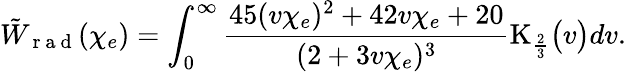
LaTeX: \tilde{W}_{\mathrm{~r~a~d~}}(\chi_{e})=\int_{0}^{\infty}\frac{45(v\chi_{e})^{2}+42v\chi_{e}+20}{(2+3v\chi_{e})^{3}}\mathrm{K}_{\frac{2}{3}}\bigl(v\bigr)dv.